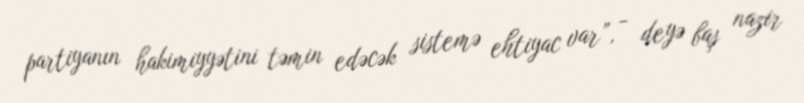
partiyanın hakimiyyətini təmin edəcək sistemə ehtiyac var”, - deyə baş nazir